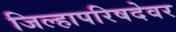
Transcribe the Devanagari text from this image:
जिल्हापरिषदेवर